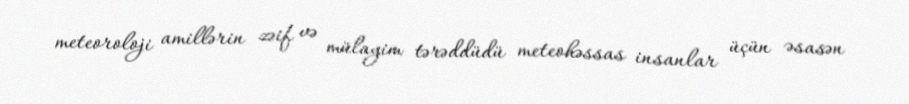
meteoroloji amillərin zəif və mülayim tərəddüdü meteohəssas insanlar üçün əsasən